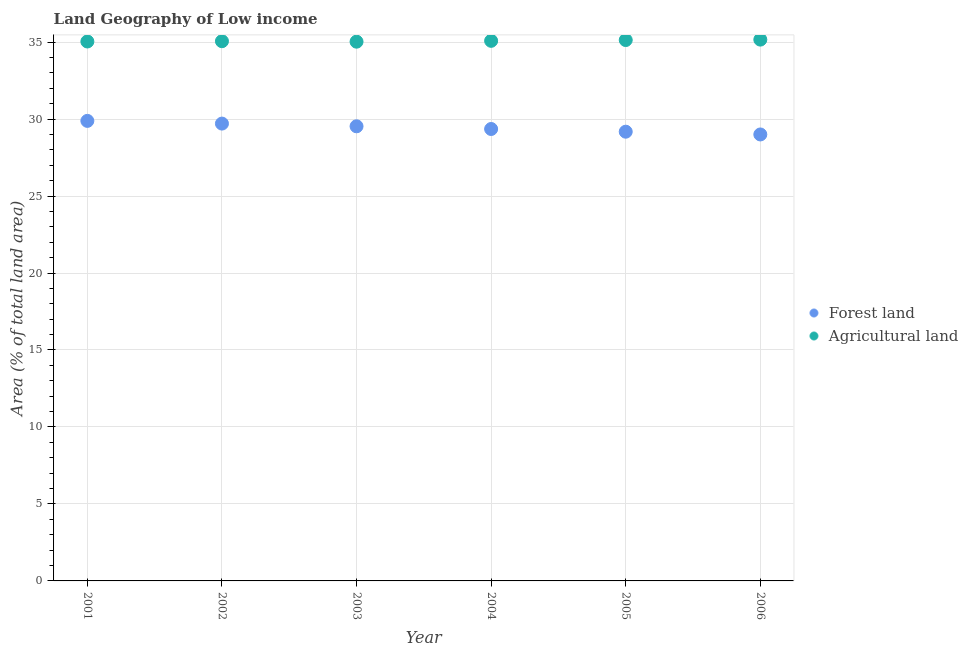
| Year | Forest land | Agricultural land |
 | --- | --- | --- |
 | 2001 | 29.9 | 35 |
 | 2002 | 29.7 | 35.1 |
 | 2003 | 29.5 | 35 |
 | 2004 | 29.4 | 35.1 |
 | 2005 | 29.2 | 35.1 |
 | 2006 | 29 | 35.2 |